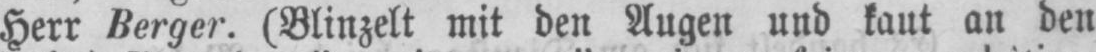
Herr Berger. (Blinzelt mit den Augen und kaut an den